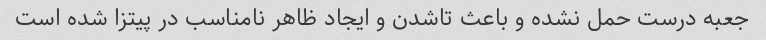
جعبه درست حمل نشده و باعث تاشدن و ایجاد ظاهر نامناسب در پیتزا شده است